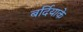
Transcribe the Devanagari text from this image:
बर्दियाके